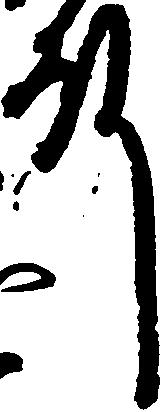
殿